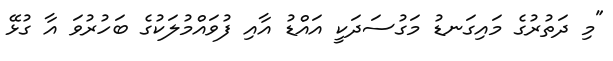
"މި ދަތުރުގެ މައިގަނޑު މަގުސަދަކީ އައްޑު އާއި ފުވައްމުލަކުގެ ބަހުރުވަ އާ ގުޅޭ